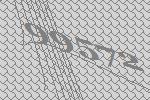
99572